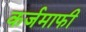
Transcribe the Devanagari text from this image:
कर्जमाफी